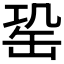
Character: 𦈩